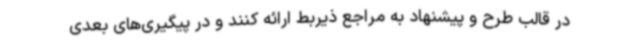
در قالب طرح و پیشنهاد به مراجع ذیربط ارائه کنند و در پیگیری‌های بعدی